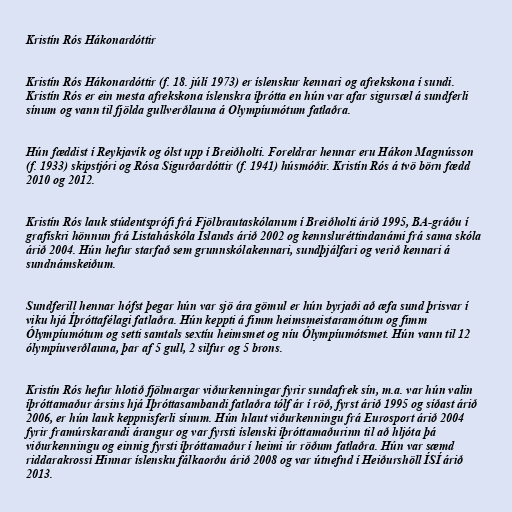
Kristín Rós Hákonardóttir

Kristín Rós Hákonardóttir (f. 18. júlí 1973) er íslenskur kennari og afrekskona í sundi.
Kristín Rós er ein mesta afrekskona íslenskra íþrótta en hún var afar sigursæl á sundferli
sínum og vann til fjölda gullverðlauna á Olympíumótum fatlaðra.

Hún fæddist í Reykjavík og ólst upp í Breiðholti. Foreldrar hennar eru Hákon Magnússon
(f. 1933) skipstjóri og Rósa Sigurðardóttir (f. 1941) húsmóðir. Kristín Rós á tvö börn fædd
2010 og 2012.

Kristín Rós lauk stúdentsprófi frá Fjölbrautaskólanum í Breiðholti árið 1995, BA-gráðu í
grafískri hönnun frá Listaháskóla Íslands árið 2002 og kennsluréttindanámi frá sama skóla
árið 2004. Hún hefur starfað sem grunnskólakennari, sundþjálfari og verið kennari á
sundnámskeiðum.

Sundferill hennar hófst þegar hún var sjö ára gömul er hún byrjaði að æfa sund þrisvar í
viku hjá Íþróttafélagi fatlaðra. Hún keppti á fimm heimsmeistaramótum og fimm
Ólympíumótum og setti samtals sextíu heimsmet og níu Ólympíumótsmet. Hún vann til 12
ólympíuverðlauna, þar af 5 gull, 2 silfur og 5 brons.

Kristín Rós hefur hlotið fjölmargar viðurkenningar fyrir sundafrek sín, m.a. var hún valin
íþróttamaður ársins hjá Íþróttasambandi fatlaðra tólf ár í röð, fyrst árið 1995 og síðast árið
2006, er hún lauk keppnisferli sínum. Hún hlaut viðurkenningu frá Eurosport árið 2004
fyrir framúrskarandi árangur og var fyrsti íslenski íþróttamaðurinn til að hljóta þá
viðurkenningu og einnig fyrsti íþróttamaður í heimi úr röðum fatlaðra. Hún var sæmd
riddarakrossi Hinnar íslensku fálkaorðu árið 2008 og var útnefnd í Heiðurshöll ÍSÍ árið
2013.